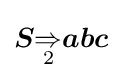
{\boldsymbol {S}}{\underset {2}{\Rightarrow }}{\boldsymbol {abc}}